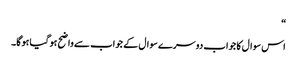
“
اس سوال کا جواب دوسرے سوال کے جواب سے واضح ہوگیا ہوگا۔